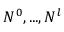
N ^ { 0 } , . . . , N ^ { l }